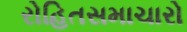
રોહિતસમાચારો